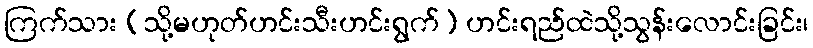
ကြက်သား (သို့မဟုတ်ဟင်းသီးဟင်းရွက်) ဟင်းရည်ထဲသို့သွန်းလောင်းခြင်း၊